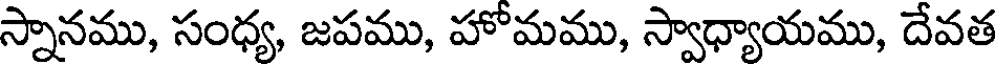
స్నానము, సంధ్య, జపము, హోమము, స్వాధ్యాయము, దేవత